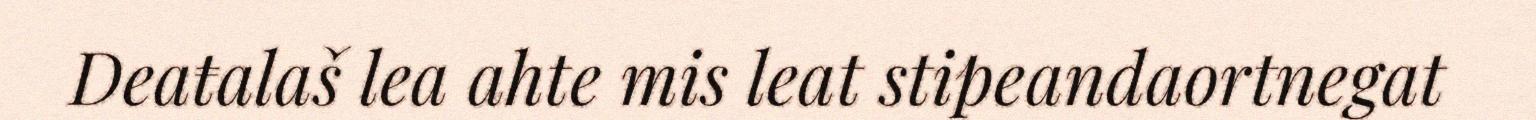
Deaŧalaš lea ahte mis leat stipeandaortnegat